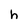
Character: h